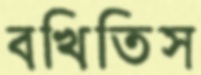
বখিতিস